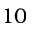
1 0